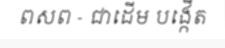
ពសព - ជាដើម បង្កើត